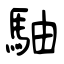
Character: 駎